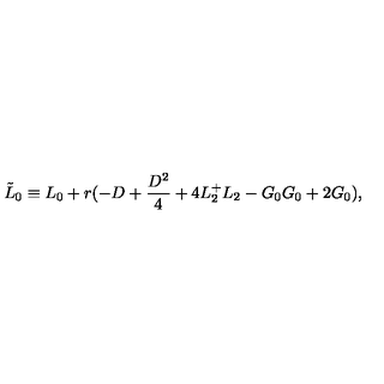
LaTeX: \tilde { L } _ { 0 } \equiv L _ { 0 } + r ( - D + \frac { D ^ { 2 } } { 4 } + 4 L _ { 2 } ^ { + } L _ { 2 } - G _ { 0 } G _ { 0 } + 2 G _ { 0 } ) ,